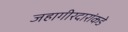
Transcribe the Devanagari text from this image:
जहागीरदारांकडे